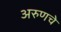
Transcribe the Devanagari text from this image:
अरुणचे